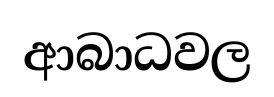
ආබාධවල